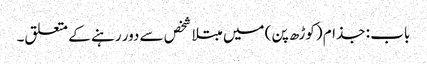
باب : جذام (کوڑھ پن) میں مبتلا شخص سے دور رہنے کے متعلق۔